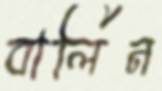
বার্লিন